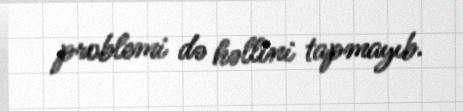
problemi də həllini tapmayıb.